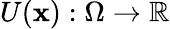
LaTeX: U(\mathbf{x}):\Omega\rightarrow\mathbb{R}